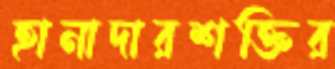
হানাদারশক্তির